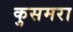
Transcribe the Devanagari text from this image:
कुसमरा